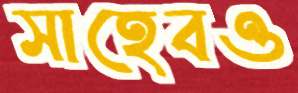
সাহেবও